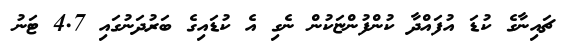
ޗައިނާގެ ކުޑަ އުފައްދާ ކުންފުންޏަކުން ނެގި އެ ކުޑައިގެ ބަރުދަނުގައި 4.7 ޓަނު